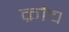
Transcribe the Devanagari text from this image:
क्रौच